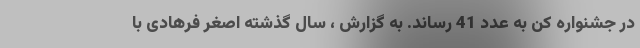
در جشنواره کن به عدد 41 رساند. به گزارش ، سال گذشته اصغر فرهادی با